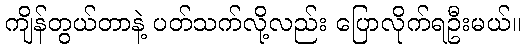
ကျိန်တွယ်တာနဲ့ ပတ်သက်လို့လည်း ပြောလိုက်ရဦးမယ်။